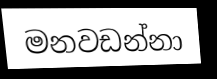
මනවඩන්නා